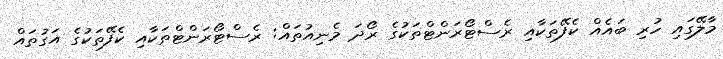
މާލޭގައި ހުރި ބައެއް ކެފޭތަކާއި ރެސްޓޯރަންޓްތަކުގެ ރޯދަ މެނިއުތައް: ރެސްޓޯރަންޓްތަކާއި ކެފޭތަކުގެ އަގުތައް